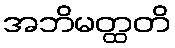
အဘိမတ္ထတိ